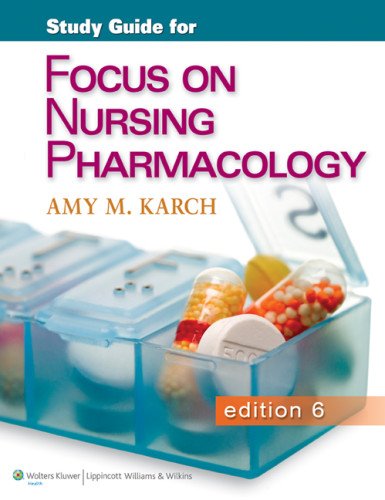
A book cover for Karch Focus on Nursing Pharmacology 6th Edition Study Guide and PrepU Package; Amy M. Karch MSN  RN; Medical Books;